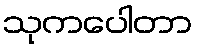
သုကပေါတာ